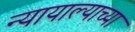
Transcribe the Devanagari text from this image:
न्यायाल्याच्या